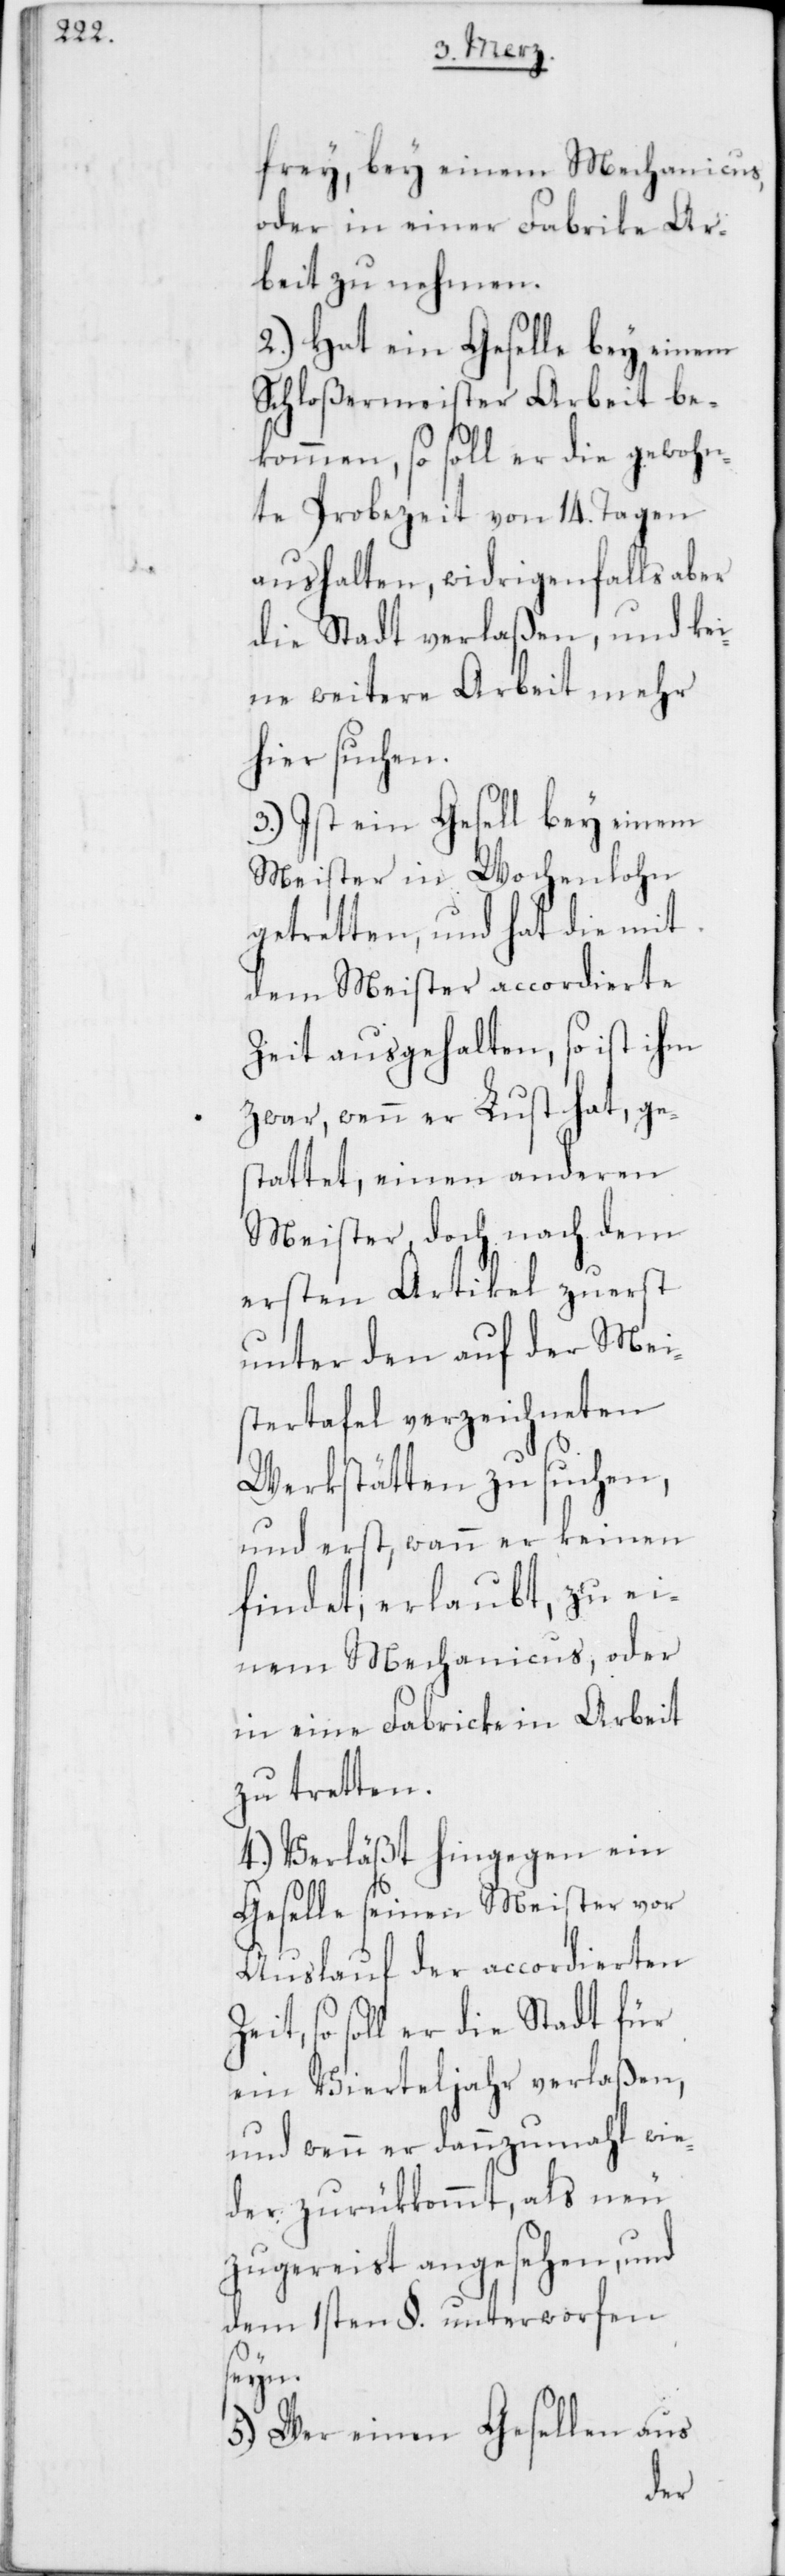
frey, bey einem Mechanicus,
oder in einer Fabrik Ar¬
beit zu nehmen.
2.) Hat ein Geselle bey einem
Schloßermeister Arbeit be¬
kommen, so soll er die gewohn¬
te Probezeit von 14. Tagen
aushalten, widrigenfalls aber
die Stadt verlaßen, und kei¬
ne weitere Arbeit mehr
hier suchen.
3.) Ist ein Gesell bey einem
Meister in Wochenlohn
getretten, und hat die mit
dem Meister accordierte
Zeit ausgehalten, so ist ihm
zwar, wenn er Lust hat, ge¬
stattet, einen anderen
Meister, doch nach dem
ersten Artikel zuerst
unter den auf der Mei¬
stertafel verzeichneten
Werkstätten zu suchen,
und erst, wann er keinen
findet, erlaubt, zu ei¬
nem Mechanicus, oder
in eine Fabricke in Arbeit
zu tretten.
4.) Verläßt hingegen ein
Geselle seinen Meister vor
Auslauf der accordierten
Zeit, so soll er die Stadt für
ein Vierteljahr verlaßen,
und wenn er dannzumahl wie¬
der zurükkommt, als neu
zugereist angesehen, und
dem 1sten §. unterworfen
seyn.
5.) Wer einen Gesellen aus